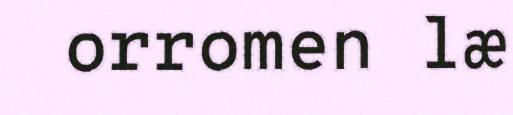
orromen læ